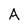
Character: A